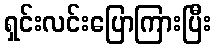
ရှင်းလင်းပြောကြားပြီး